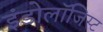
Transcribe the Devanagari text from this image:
इंडोलॉजिस्ट